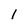
Character: 1